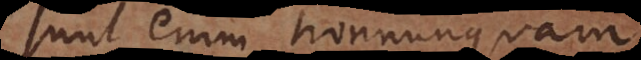
sunt enim nonnunquam